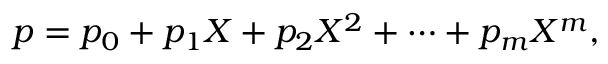
p = p _ { 0 } + p _ { 1 } X + p _ { 2 } X ^ { 2 } + \cdots + p _ { m } X ^ { m } ,